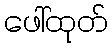
ဖေါ်ထုတ်